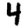
Digit: 4